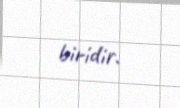
biridir.